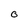
Character: O